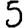
Digit: 5